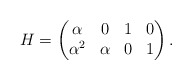
\begin{align*} H=\begin{pmatrix}\alpha&0&1&0\\\alpha^2&\alpha&0&1 \end{pmatrix}.\end{align*}